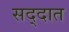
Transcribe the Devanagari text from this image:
सद्दात